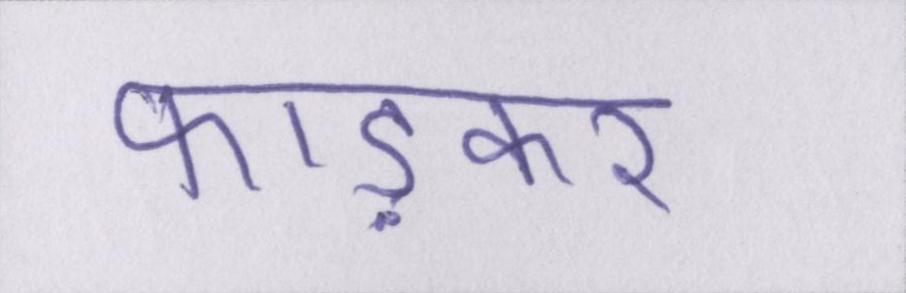
फाड़कर